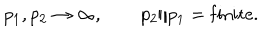
p _ { 1 } , p _ { 2 } \to \infty , \qquad p _ { 2 } / p _ { 1 } = \mathrm { f i n i t e } .